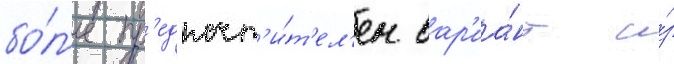
бо́л'ее пр'едпочт'и́т'ел'ен вар'иа́нт и́з